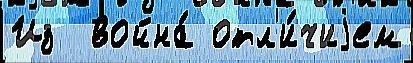
Из  война́ отл'и́чиjем